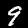
Label: 9